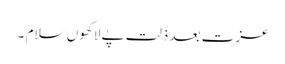
عزت بعد ذلت پے لاکھوں سلام ۔